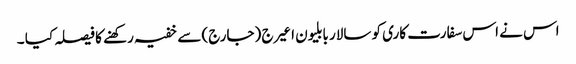
اس نے اس سفارت کاری کو سالار بابلیون اعیرج (جارج) سے خفیہ رکھنے کا فیصلہ کیا ۔